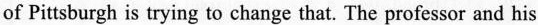
of Pittsburgh is trying to change that. The professor and his